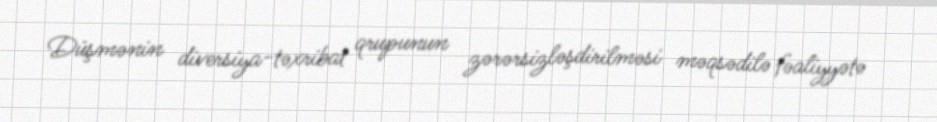
Düşmənin diversiya-təxribat qrupunun zərərsizləşdirilməsi məqsədilə fəaliyyətə